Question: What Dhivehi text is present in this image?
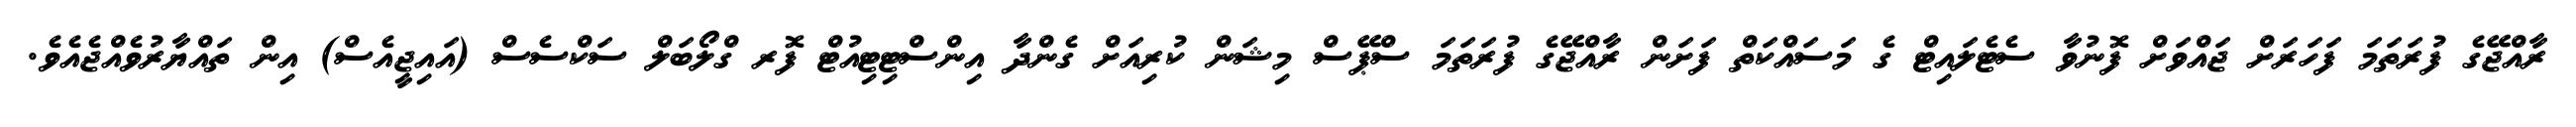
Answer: ރާއްޖޭގެ ފުރަތަމަ ފަހަރަށް ޖައްވަށް ފޮނުވާ ސެޓެލައިޓް ގެ މަސައްކަތް ފަށަން ރާއްޖޭގެ ފުރަތަމަ ސްޕޭސް މިޝަން ކުރިއަށް ގެންދާ އިންސްޓިޓިއުޓް ފޮރ ގްލޯބަލް ސަކްސެސް (އައިޖީއެސް) އިން ތައްޔާރުވެއްޖެއެވެ.